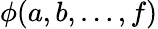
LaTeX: \phi(a,b,\dots,f)